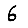
Digit: 6